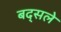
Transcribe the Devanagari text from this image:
बद्सले